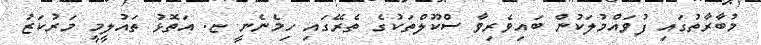
މުބާރާތުގައި ފުވައްމުލަކުން ބައިވެރިވާ ސްކޫލްތަކުގެ ތެރޭގައި ހިމެނެނީ ޏ. އަތޮޅު ތައުލީމީ މަރުކަޒު